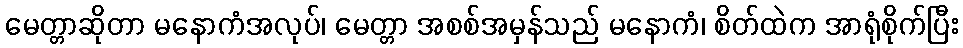
မေတ္တာဆိုတာ မနောကံအလုပ်၊ မေတ္တာ အစစ်အမှန်သည် မနောကံ၊ စိတ်ထဲက အာရုံစိုက်ပြီး